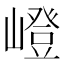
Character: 嶝